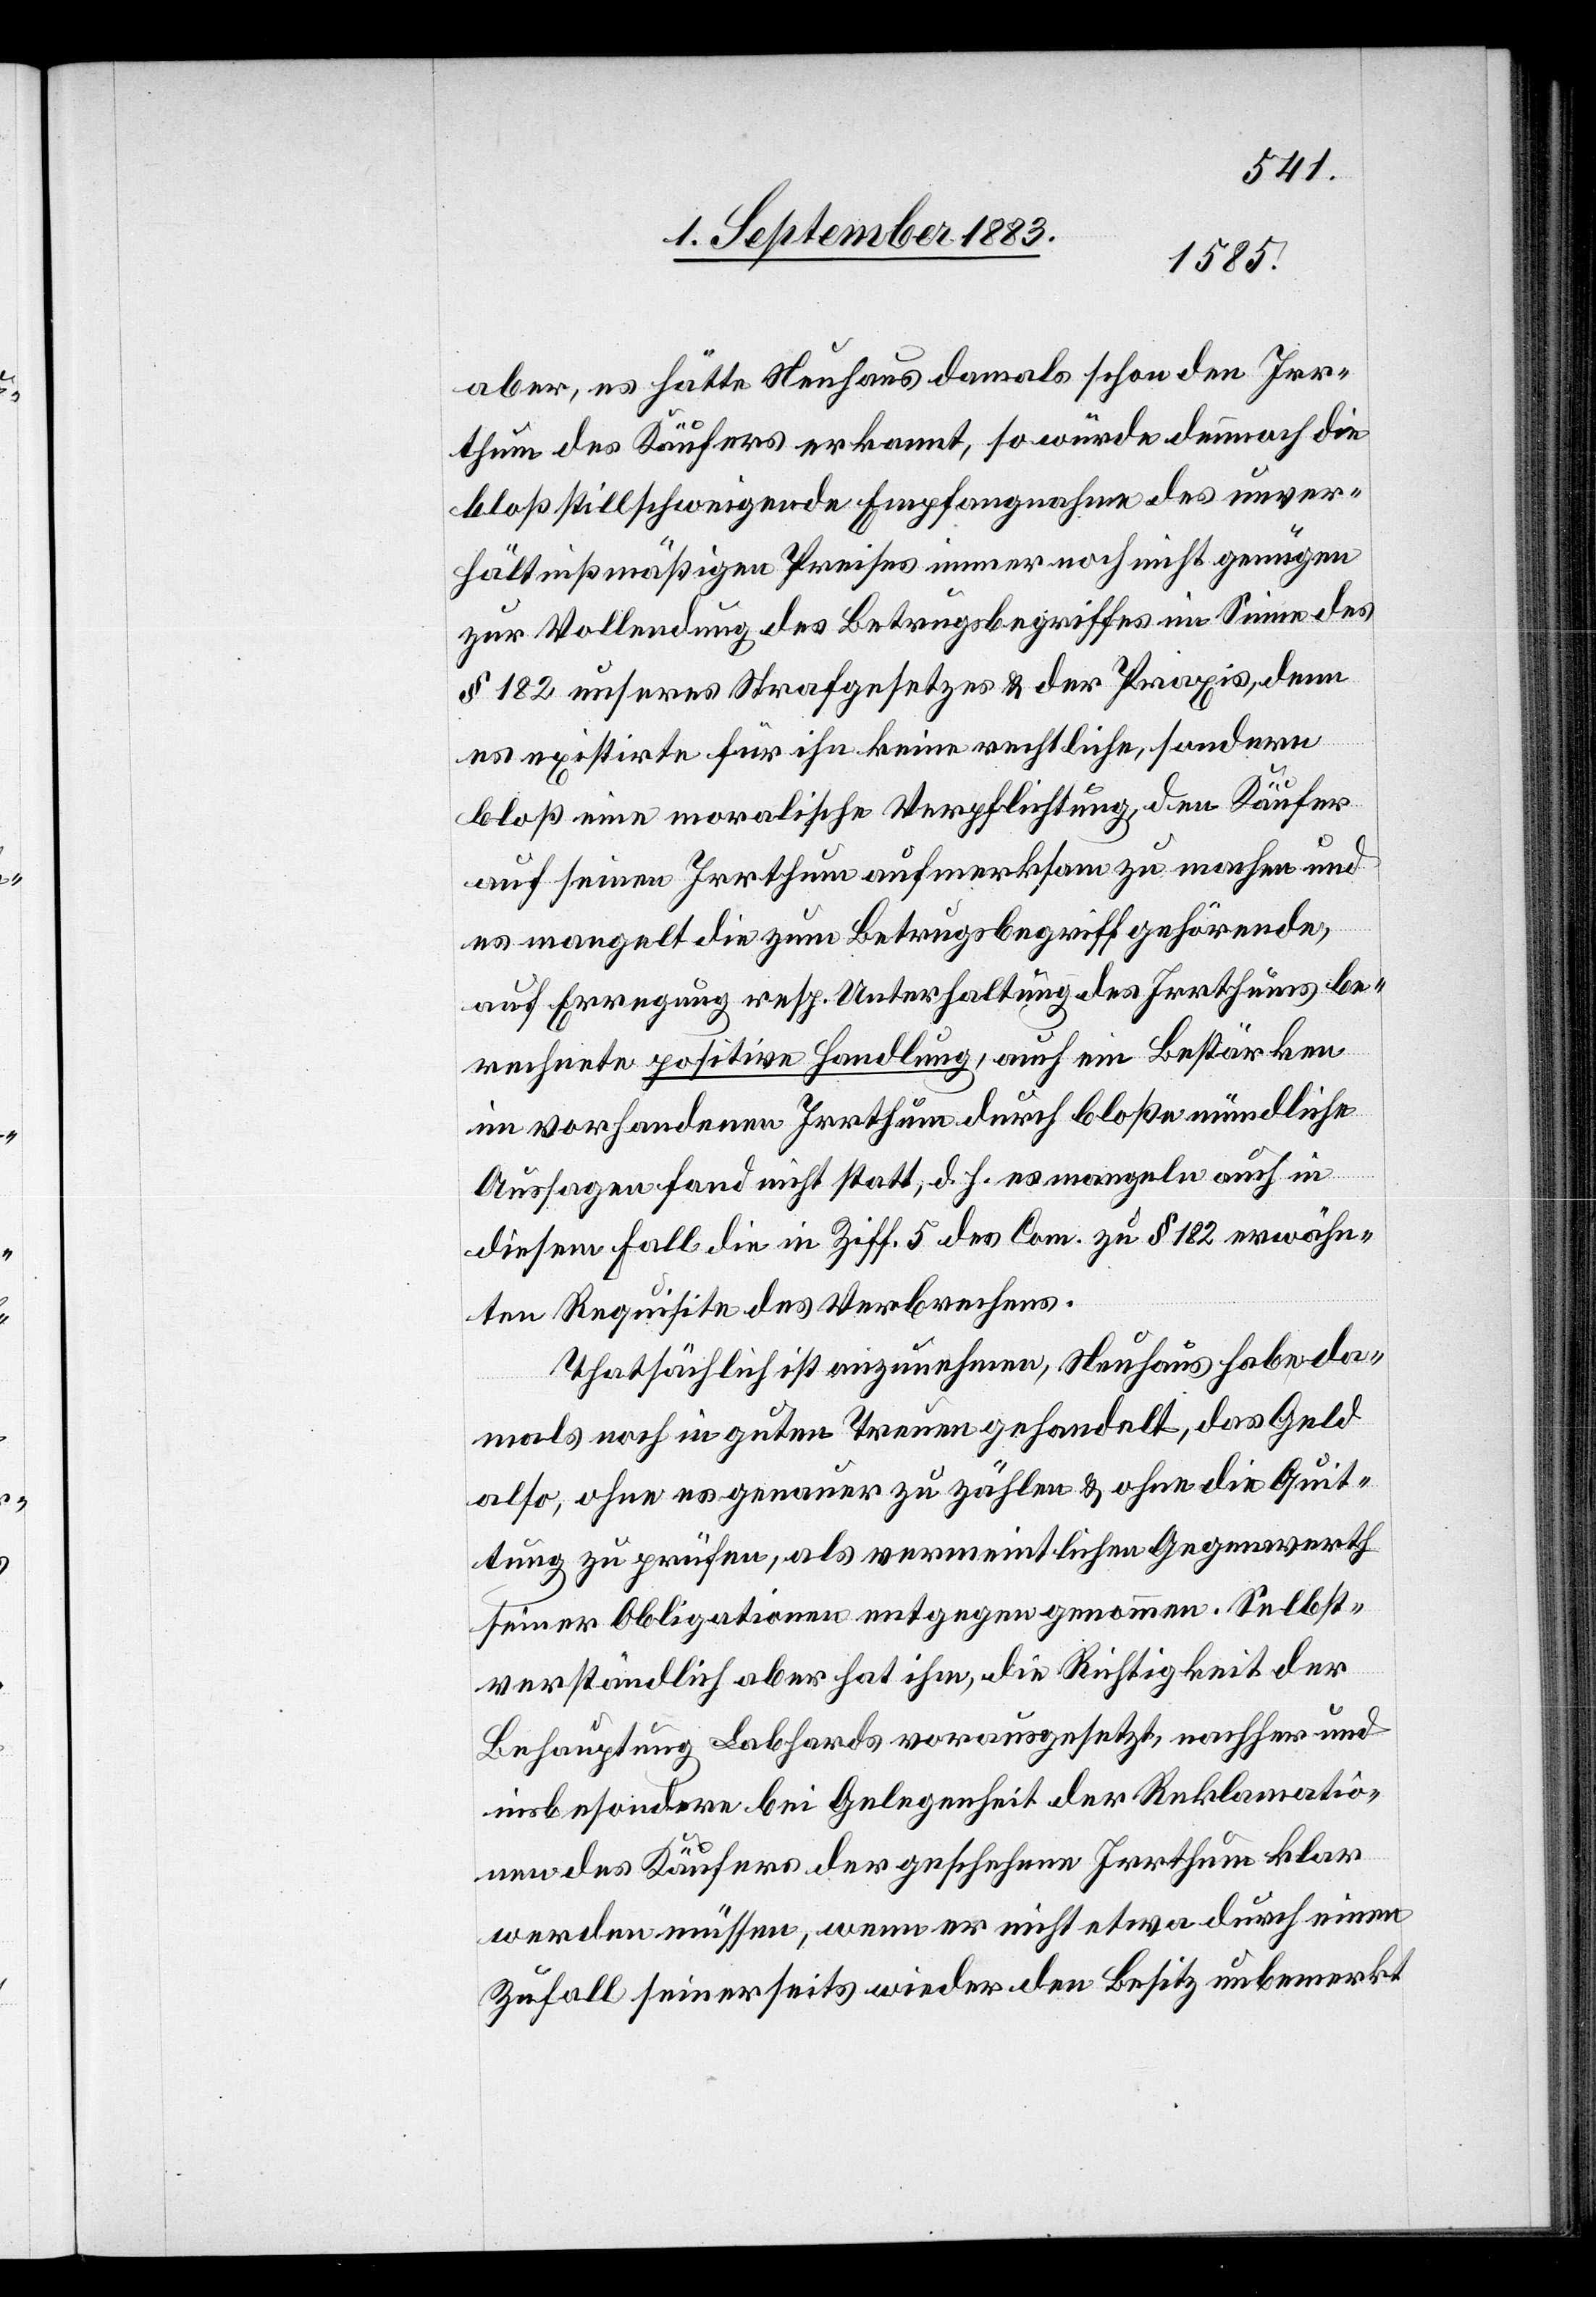
aber, es hätte Neuhaus damals schon den Irr¬
thum des Käufers erkannt, so würde demnach die
bloß stillschweigende Empfangnahme des unver¬
hältnißmäßigen Preises immer noch nicht genügen
zur Vollendung des Betrugsbegriffes im Sinne des
§ 182 unseres Strafgesetzes & der Praxis, denn
es existirte für ihn keine rechtlich, sondern
bloß eine moralische Verpflichtung, den Käufer
auf seinen Irrthum aufmerksam zu machen und
es mangelt die zum Betrugsbegriff gehörende,
auf Erregung resp. Unterhaltung des Irrthums be¬
rechnete positive Handlung, auch ein Bestärken
im vorhandenen Irrthum durch bloße mündliche
Aussagen fand nicht statt, d. h. es mangele auch in
diesem Fall die in Ziff. 5 des Com. zu § 182 erwähn¬
ten Requisite des Verbrechens.
Thatsächlich ist anzunehmen, Neuhaus habe da¬
mals noch in guten Treuen gehandelt, das Geld
also, ohne es genauer zu zählen & ohne die Quit¬
tung zu prüfen, als vermeintlichen Gegenwerth
seiner Obligationen entgegen genommen. Selbst¬
verständlich aber hat ihm, die Richtigkeit der
Behauptung Labhards vorausgesetzt, nachher und
insbesondere bei Gelegenheit der Reklamatio¬
nen des Käufers der geschehene Irrthum klar
werden müssen, wenn er nicht etwa durch einen
Zufall seinerseits wieder den Besitz unbemerkt